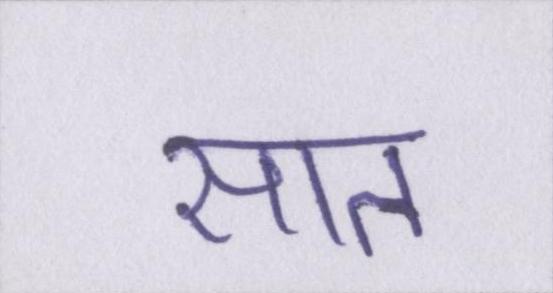
सात